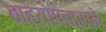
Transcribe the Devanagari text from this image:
बाह्योपचाराने